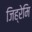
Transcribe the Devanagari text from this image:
जिह्रेमि